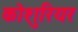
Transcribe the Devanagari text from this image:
कोशुरियर